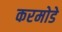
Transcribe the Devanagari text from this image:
करमोडे